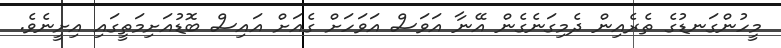
މީހުންގަނޑުގެ ތެރެއިން ދެމިގަނެގެން އޭނާ އަވަސް އަވަހަށް ގެއަށް އައިސް ބޮޑުއަށިމަތީގައި އިށީނެވެ.